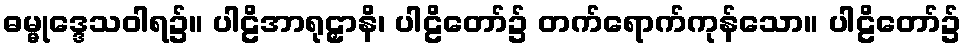
ဓမ္မုဒ္ဒေသဝါရ၌။ ပါဠိအာရုဠှာနိ၊ ပါဠိတော်၌ တက်ရောက်ကုန်သော။ ပါဠိတော်၌